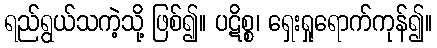
ရည်ရွယ်သကဲ့သို့ ဖြစ်၍။ ပဋိစ္စ၊ ရှေးရှုရောက်ကုန်၍။